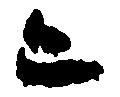
ニ